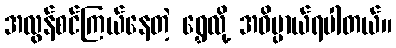
အလွန်စင်ကြယ်နေတဲ့ ရွှေလို့ အဓိပ္ပာယ်ရပါတယ်။